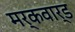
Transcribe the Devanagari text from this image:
मर्कवार्ड